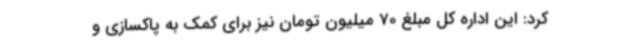
کرد: این اداره کل مبلغ 70 میلیون تومان نیز برای کمک به پاکسازی و